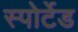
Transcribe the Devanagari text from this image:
स्पोर्टेड